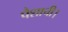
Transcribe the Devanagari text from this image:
पैशाची।